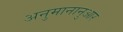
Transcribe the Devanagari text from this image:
अनुमानानुआर